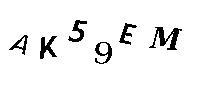
AK59EM